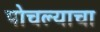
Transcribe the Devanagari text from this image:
पोचल्याचा